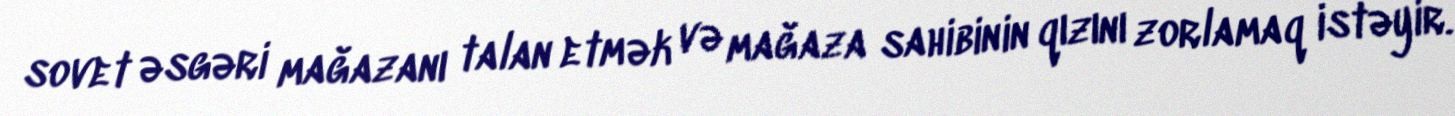
sovet əsgəri mağazanı talan etmək və mağaza sahibinin qızını zorlamaq istəyir.